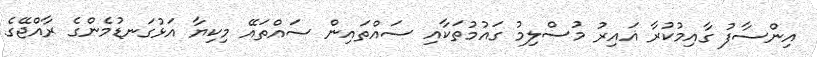
އިންސާފު ގާއިމުކުރާ ޣައިރު މުސްލިމު ގައުމުތަކާއި ސައްތައިން ސައްތައޭ މިކިޔާ އަޅުގަނޑުމެންގެ ރާއްޖޭގެ